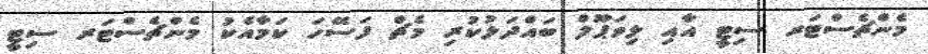
މެންޗެސްޓަރ ސިޓީ އާއި ލިވަޕޫލް ބައްދަލުކުރި މެޗް ފަސޭހަ ކަމާއެކު މެންޗެސްޓަރ ސިޓީ